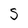
Character: S